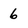
Character: 6